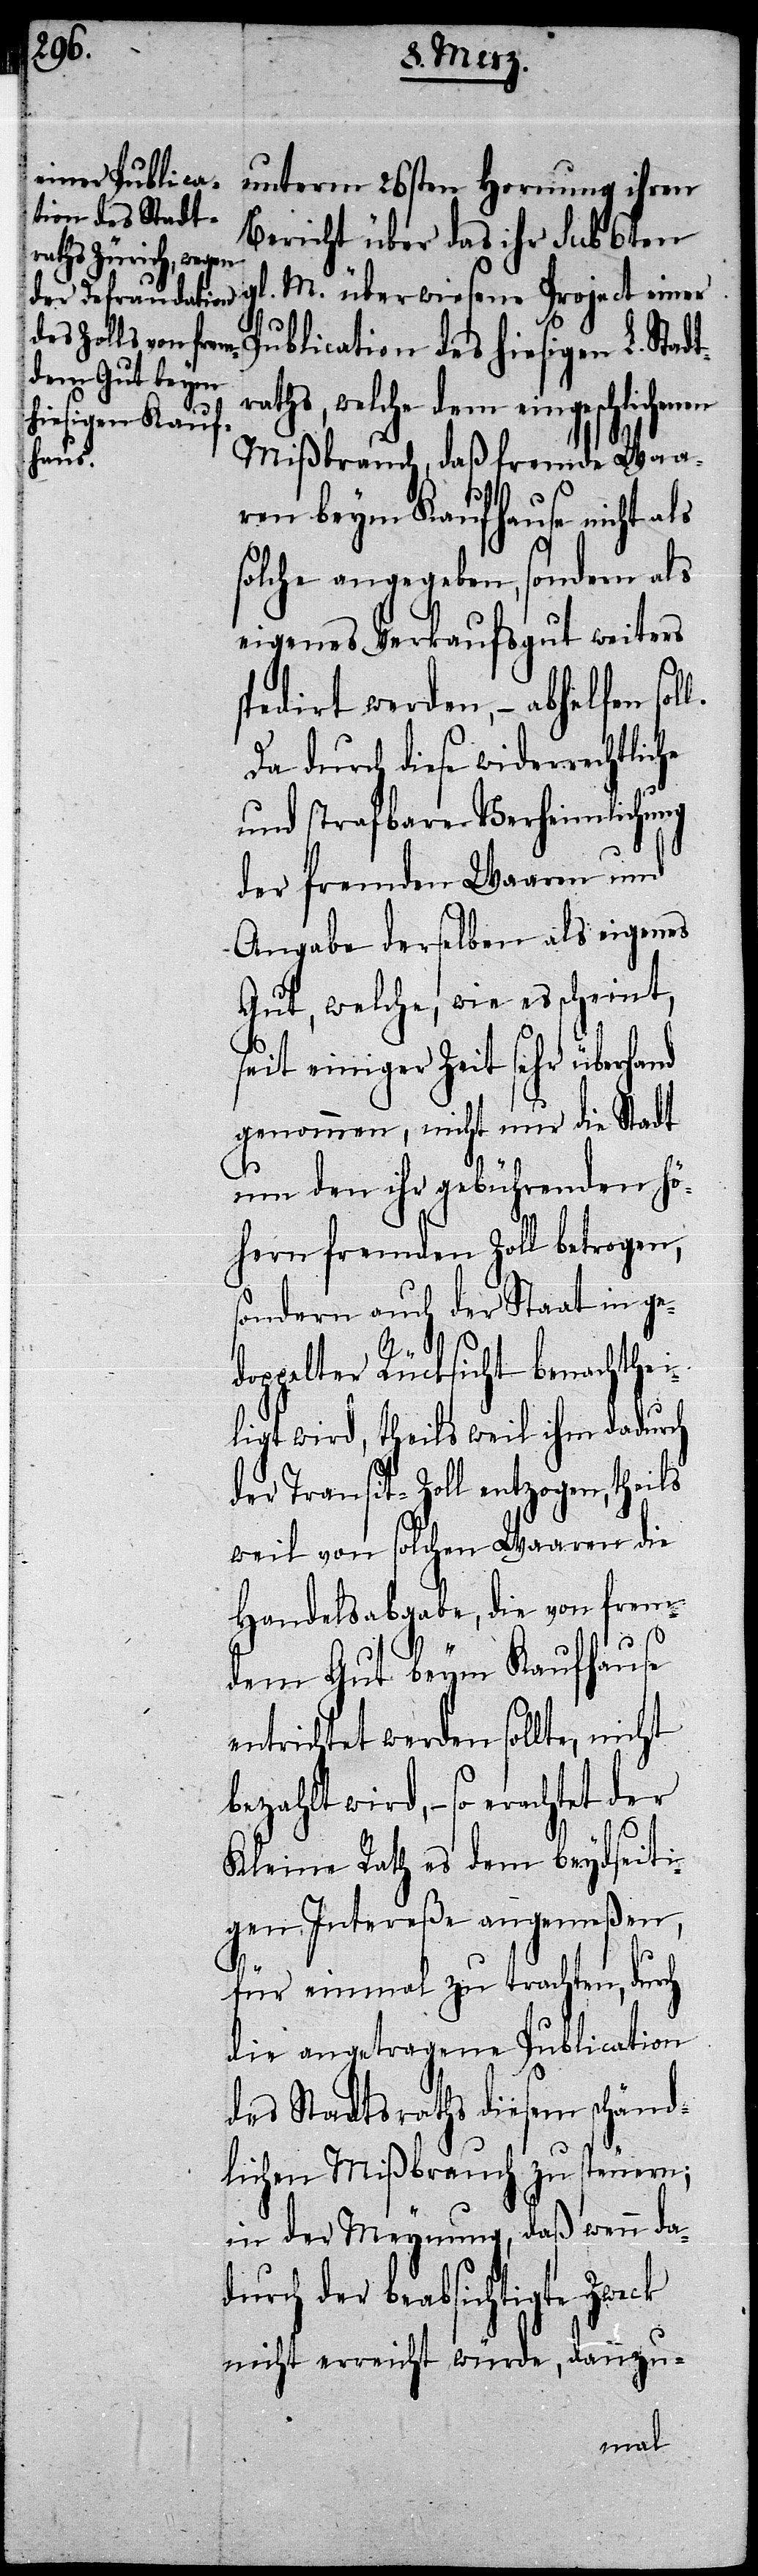
unterm 26sten Hornung ihren
Bericht über das ihr Sub 6ten
gl. M. überwiesene Project einer
Publication des hiesigen L. Stad¬
raths, welche dem eingeschlichen¬
Mißbrauch, daß fremde Waa¬
ren beym Kaufhause nicht als
solche angegeben, sondern als
eigenes Verkaufsgut weiters
spedirt werden, – abhelfen sol¬
Da durch diese widerrechtliche
und strafbare Verheimlichung
der fremden Waaren und
Angabe derselben als eigenes
Gut, welche, wie es scheint,
seit einiger Zeit sehr überhand
genommen, nicht nur die Stadt
um den ihr gebührenden hö¬
hern fremden Zoll betrogen,
sondern auch der Staat in ged¬
oppelter Rücksicht benachthei¬
ligt wird, theils weil ihm dadurch
der Transit-Zoll entzogen, theils
weil von solchen Waaren die
Handelsabgabe, die von frem¬
t¬
dem Gut beym Kaufhause
entrichtet werden sollte, nicht
bezahlt wird, – so erachtet der
ch
Kleine Rath es dem beydseiti¬
gen Intereße angemeßen,
für einmal zu trachten, dur¬
die angetragene Publication
des Stadtsraths diesem schänd¬
lichen Mißbrauch zu steuern;
in der Meynung, daß wenn dad¬
urch der beabsichtigte Zweck
nicht erreicht würde, dannzu-